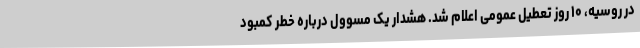
در روسیه، ۱۰ روز تعطیل عمومی اعلام شد. هشدار یک مسوول درباره خطر کمبود